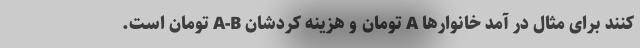
کنند برای مثال در آمد خانوارها A تومان و هزینه کردشان A-B تومان است.